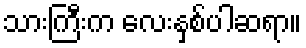
သားကြီးက လေးနှစ်ပါဆရာ။